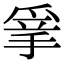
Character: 𢮣